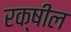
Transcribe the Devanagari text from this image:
रक्षील